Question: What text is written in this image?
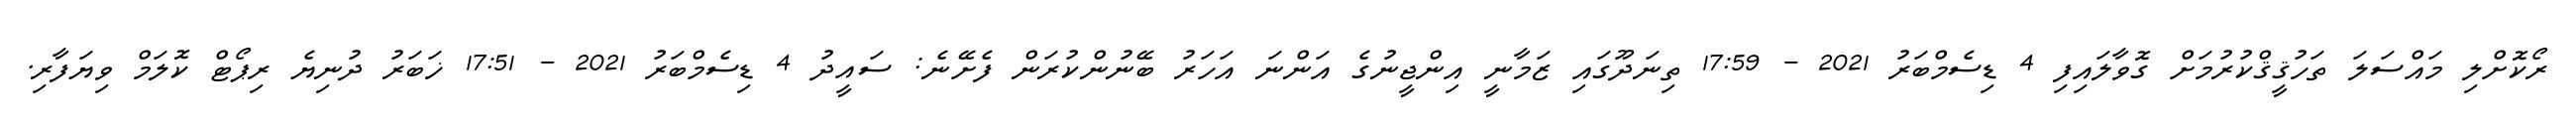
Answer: ރޯކޮށްލި މައްސަލަ ތަހުޤީޤްކުރުމަށް ގޮވާލައިފި 4 ޑިސެމްބަރު 2021 - 17:59 ތިނަދޫގައި ޒަމާނީ އިންޖީނުގެ އަންނަ އަހަރު ބޭނުންކުރަން ފެށޭނެ: ސައީދު 4 ޑިސެމްބަރު 2021 - 17:51 ޚަބަރު ދުނިޔެ ރިޕޯޓް ކޮލަމް ވިޔަފާރި.